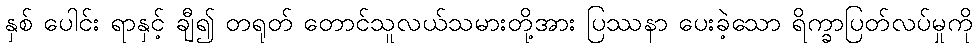
နှစ် ပေါင်း ရာနှင့် ချီ၍ တရုတ် တောင်သူလယ်သမားတို့အား ပြဿနာ ပေးခဲ့သော ရိက္ခာပြတ်လပ်မှုကို